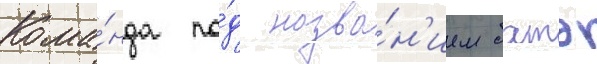
Кома́нда по́д назва́н'ием батэ